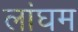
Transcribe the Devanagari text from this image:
लांघम